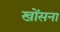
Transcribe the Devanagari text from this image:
खोंसना